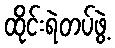
ထိုင်းရဲတပ်ဖွဲ့